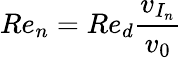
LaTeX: Re_{n}=Re_{d}\frac{v_{I_{n}}}{v_{0}}